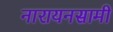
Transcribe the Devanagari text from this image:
नारायनसामी